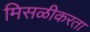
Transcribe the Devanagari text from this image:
मिसळीकरता